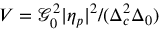
V = \mathcal { G } _ { 0 } ^ { 2 } | \eta _ { p } | ^ { 2 } / ( \Delta _ { c } ^ { 2 } \Delta _ { 0 } )